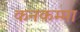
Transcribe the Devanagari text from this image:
कनकम्मा